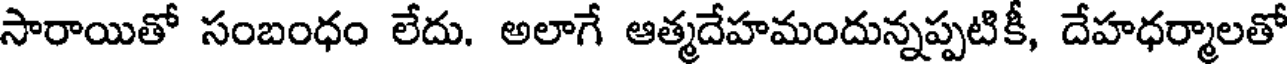
సారాయితో సంబంధం లేదు. అలాగే ఆత్మదేహమందున్నప్పటికీ, దేహధర్మాలతో